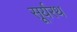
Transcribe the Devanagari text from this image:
सूर्यरथ